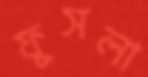
ফুসলা